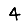
Digit: 4